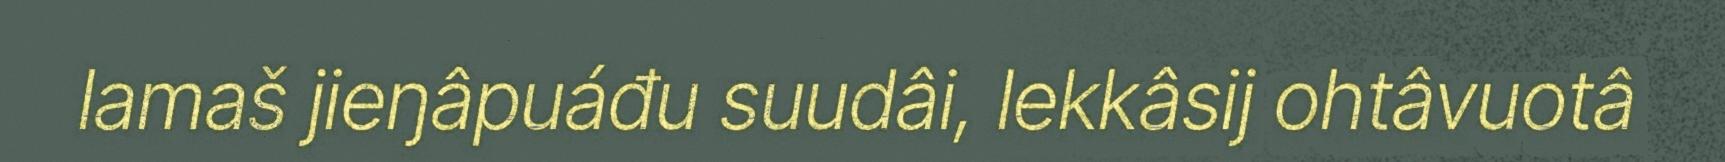
lamaš jieŋâpuáđu suudâi, lekkâsij ohtâvuotâ